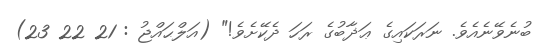
ބުނެވޭނެއެވެ. ނަރަކައިގެ ޢަޛާބުގެ ރަހަ ދެކޭށެވެ!" (އަލްޙައްޖު : 21 22 23)